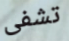
تشفى